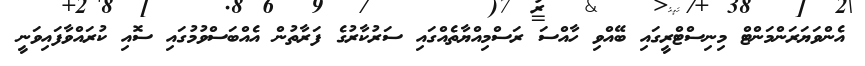
އެންވަޔަރަންމަންޓް މިނިސްޓްރީގައި ބޭއްވި ހާއްސަ ރަސްމިއްޔާތެއްގައި ސަރުކާރުގެ ފަރާތުން އެއްބަސްވުމުގައި ސޮއި ކުރައްވާފައިވަނީ